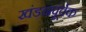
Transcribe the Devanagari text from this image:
खंडनपूर्वक